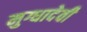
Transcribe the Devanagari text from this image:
मुग्धादेवी